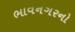
ભાવનગરનો